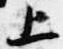
上